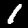
Label: 1